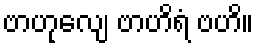
ဗာဟုလျေ ဗာဟိရံ ဗဟိ။